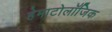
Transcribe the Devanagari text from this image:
हेमाटोलॉजिक